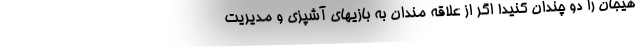
هیجان را دو چندان کنید! اگر از علاقه مندان به بازیهای آشپزی و مدیریت